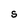
Character: S